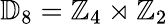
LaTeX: \mathbb{D}_{8}=\mathbb{Z}_{4}\rtimes\mathbb{Z}_{2}